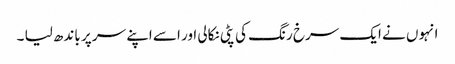
انہوں نے ایک سرخ رنگ کی پٹی نکالی اور اسے اپنے سر پر باندھ لیا ۔